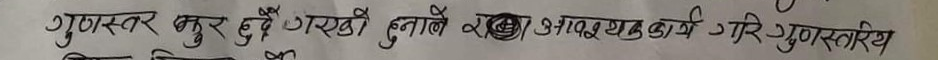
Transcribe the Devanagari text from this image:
गुणस्तर मधुर हुदै गएको हुनाले रखा आवश्यक कार्य गरि गुणस्तरीय